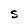
Character: s